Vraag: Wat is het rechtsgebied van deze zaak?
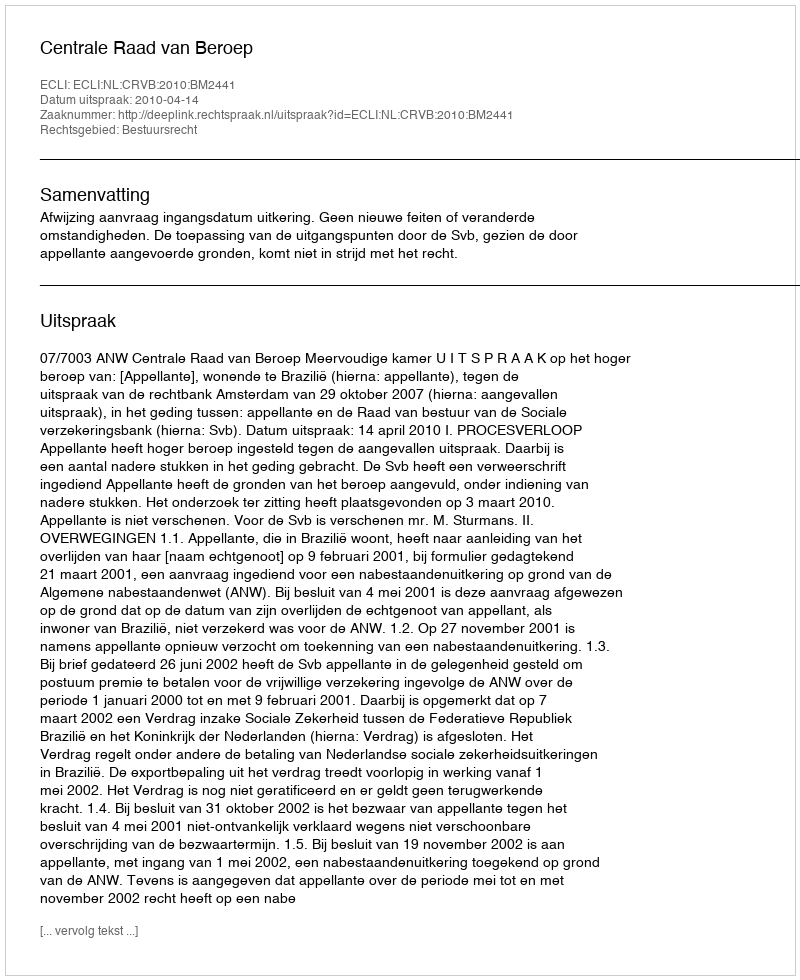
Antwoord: Bestuursrecht